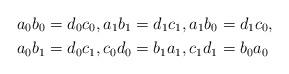
LaTeX: \begin{align*}&a_0b_0=d_0c_0, a_1b_1=d_1c_1, a_1b_0=d_1c_0,\\&a_0b_1=d_0c_1, c_0d_0=b_1a_1,c_1d_1=b_0a_0\end{align*}